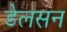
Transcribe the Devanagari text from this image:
डेलसन